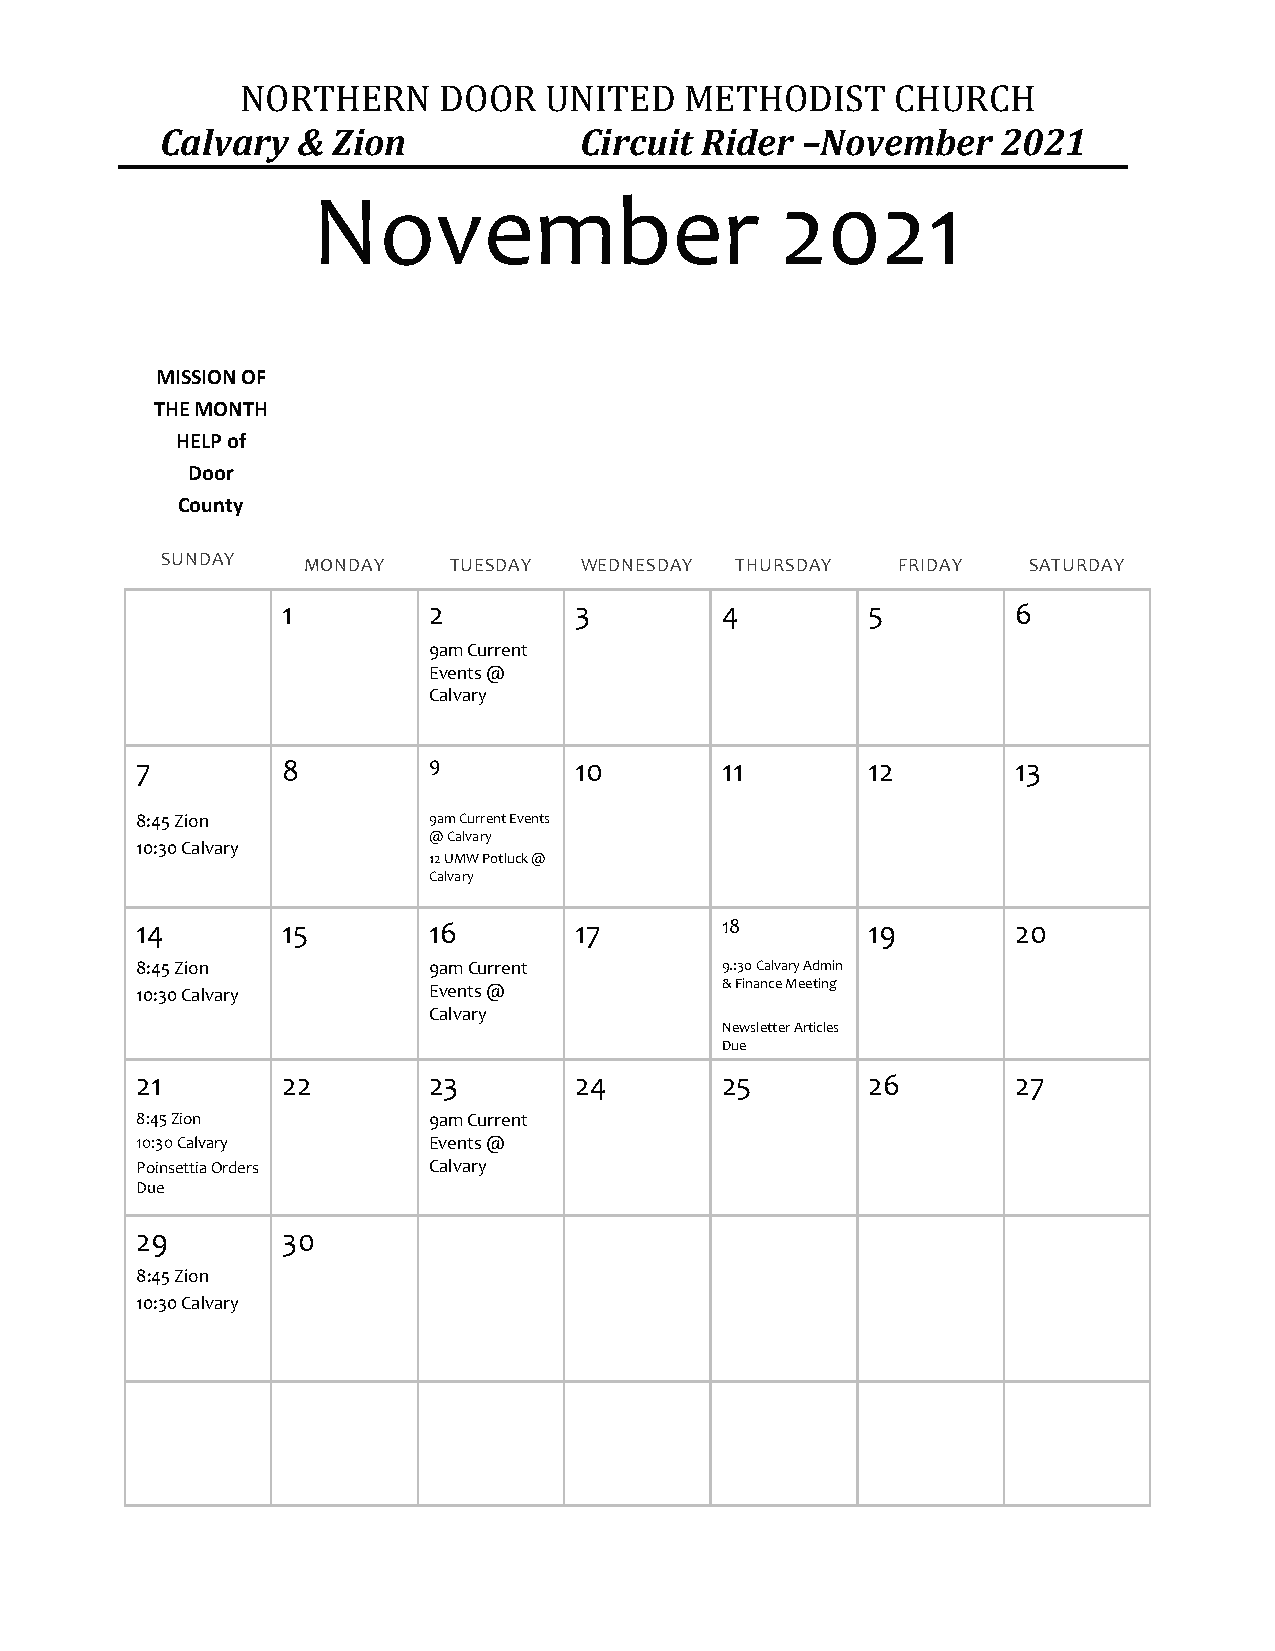
NORTHERN     DOOR   UNITED   METHODIST     CHURCH
 Calvary  & Zion            Circuit Rider  –November    2021
 November                       2021
 MISSION OF
 THE MONTH
 HELP of
 Door
 County
 SUNDAY   MONDAY    TUESDAY WEDNESDAY  THURSDAY  FRIDAY   SATURDAY
 1        2         3         4        5         6
 9am Current
 Events @
 Calvary
 7         8        9         10        11       12        13
 8:45 Zion          9am Current Events
 @ Calvary
 10:30 Calvary
 12 UMW Potluck @
 Calvary
 14        15       16        17        18       19        20
 8:45 Zion          9am Current         9.:30 Calvary Admin
 10:30 Calvary      Events @            & Finance Meeting
 Calvary
 Newsletter Articles
 Due
 21        22       23        24        25       26        27
 8:45 Zion          9am Current
 10:30 Calvary      Events @
 Poinsettia Orders  Calvary
 Due
 29        30
 8:45 Zion
 10:30 Calvary